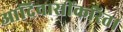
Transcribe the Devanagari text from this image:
आदिवासींकरिता